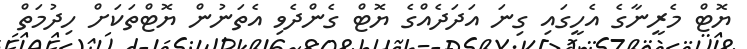
ޔޮޓް މެރީނާގެ އެހީގައި ގިނަ އަދަދެއްގެ ޔޮޓް ގެންދެވި އެތަނުން ޔޮޓްތަކަށް ހިދުމަތް